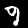
Digit: 9